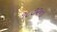
૧૮૭૨ના